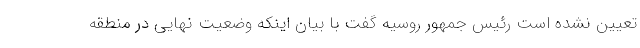
تعیین نشده است رئیس جمهور روسیه گفت با بیان اینکه وضعیت نهایی در منطقه